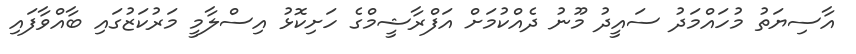
އާސިޔަތު މުހައްމަދު ސައީދު މޫނު ދެއްކުމަށް އަފްރާޝީމްގެ ހަށިކޮޅު އިސްލާމީ މަރުކަޒުގައި ބާއްވާފައި